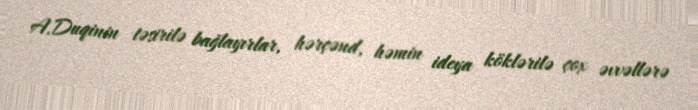
A.Duqinin təsirilə bağlayırlar, hərçənd, həmin ideya köklərilə çox əvvəllərə